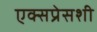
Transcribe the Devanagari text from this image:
एक्सप्रेसशी